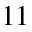
^ { 1 1 }